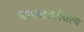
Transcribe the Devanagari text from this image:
वापराबरोबरच